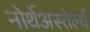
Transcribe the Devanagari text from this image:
नोर्थेअस्तेर्ल्य